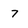
Character: 7